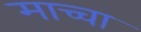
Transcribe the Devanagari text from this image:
माच्चा